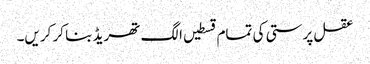
عقل پرستی کی تمام قسطیں الگ تھریڈ بنا کر کریں۔